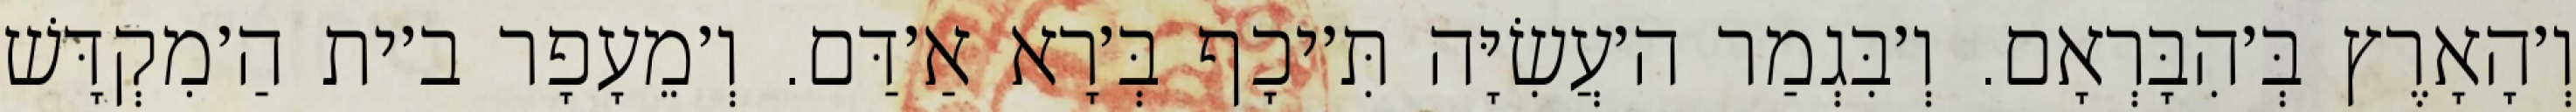
וְ׳הָאָרֶץ בְּ׳הִבָּרְאָם. וְ׳בִּגְמַר ה׳עֲשִׂיָּה תִּ׳יכָף בְּ׳רָא אַ׳דַּם. וְ׳מֵעָפָר ב׳ית הַ׳מִקְדָּשׁ